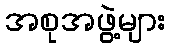
အစုအဖွဲ့များ